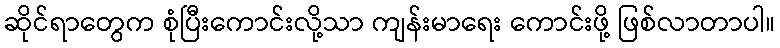
ဆိုင်ရာတွေက စုံပြီးကောင်းလို့သာ ကျန်းမာရေး ကောင်းဖို့ ဖြစ်လာတာပါ။